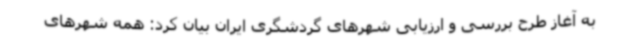
به آغاز طرح بررسی و ارزیابی شهرهای گردشگری ایران بیان کرد: همه شهرهای